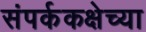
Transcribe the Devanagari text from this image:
संपर्ककक्षेच्या